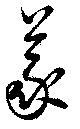
義